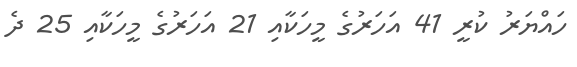
ހައްޔަރު ކުރީ 41 އަހަރުގެ މީހަކާއި 21 އަހަރުގެ މީހަކާއި 25 ދެ